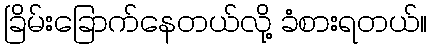
ခြိမ်းခြောက်နေတယ်လို့ ခံစားရတယ်။